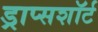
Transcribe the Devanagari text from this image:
ड्राप्सशॉर्ट